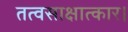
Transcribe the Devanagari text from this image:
तत्वसाक्षात्कार।